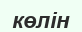
көлін